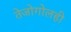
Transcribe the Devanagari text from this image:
तेजोगोलही